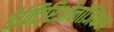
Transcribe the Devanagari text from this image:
बैक्टिरिओलॉजिकल